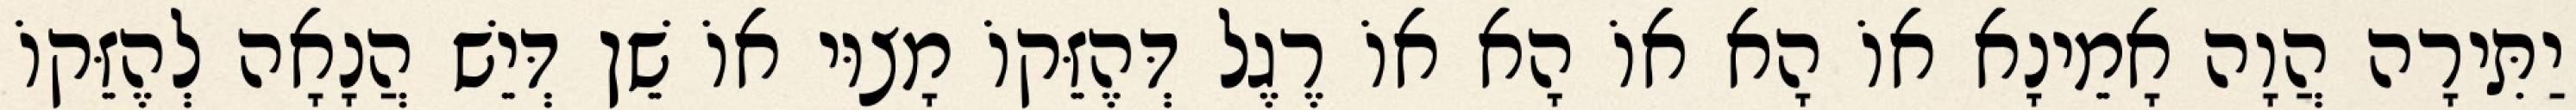
יַתִּירָה הֲוָה אָמֵינָא אוֹ הָא אוֹ הָא אוֹ רֶגֶל דְּהֶזֵּקוֹ מָצוּי אוֹ שֵׁן דְּיֵשׁ הֲנָאָה לְהֶזֵּקוֹ